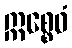
ဣစ္စေဝံ